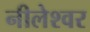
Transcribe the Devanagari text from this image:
नीलेश्‍वर